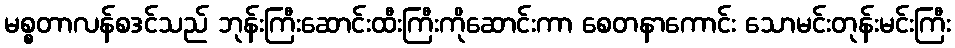
မစ္စတာလန်စဒင်သည် ဘုန်းကြီးဆောင်းထီးကြီးကိုဆောင်းကာ စေတနာကောင်း သောမင်းတုန်းမင်းကြီး